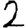
Digit: 2